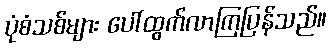
ပုံစံသစ်များ ပေါ်ထွက်လာကြပြန်သည်။